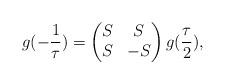
LaTeX: \begin{align*} g(-\frac{1}{\tau}) = \begin{pmatrix} S & S \\ S & -S \end{pmatrix} g(\frac{\tau}{2}),\end{align*}